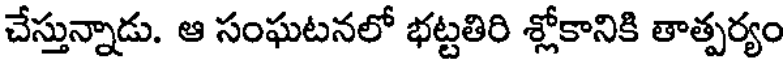
చేస్తున్నాడు. ఆ సంఘటనలో భట్టతిరి శ్లోకానికి తాత్పర్యం